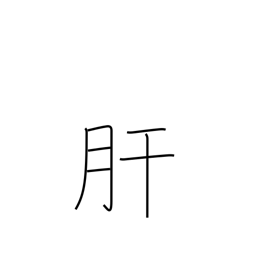
Meaning: pluck